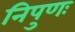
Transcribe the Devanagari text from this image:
निपुणः